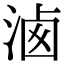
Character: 𣶓